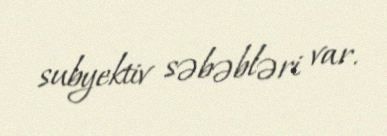
subyektiv səbəbləri var.